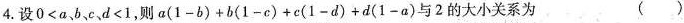
4. 设$$0<a$$、b、c、$$d<1$$，则$$a(1-b)+b(1-c)+c(1-d)+d(1-a)$$与2的大小关系为 ( )